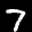
Label: 7